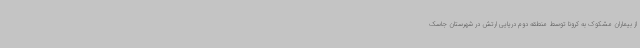
از بیماران مشکوک به کرونا توسط منطقه دوم دریایی ارتش در شهرستان جاسک